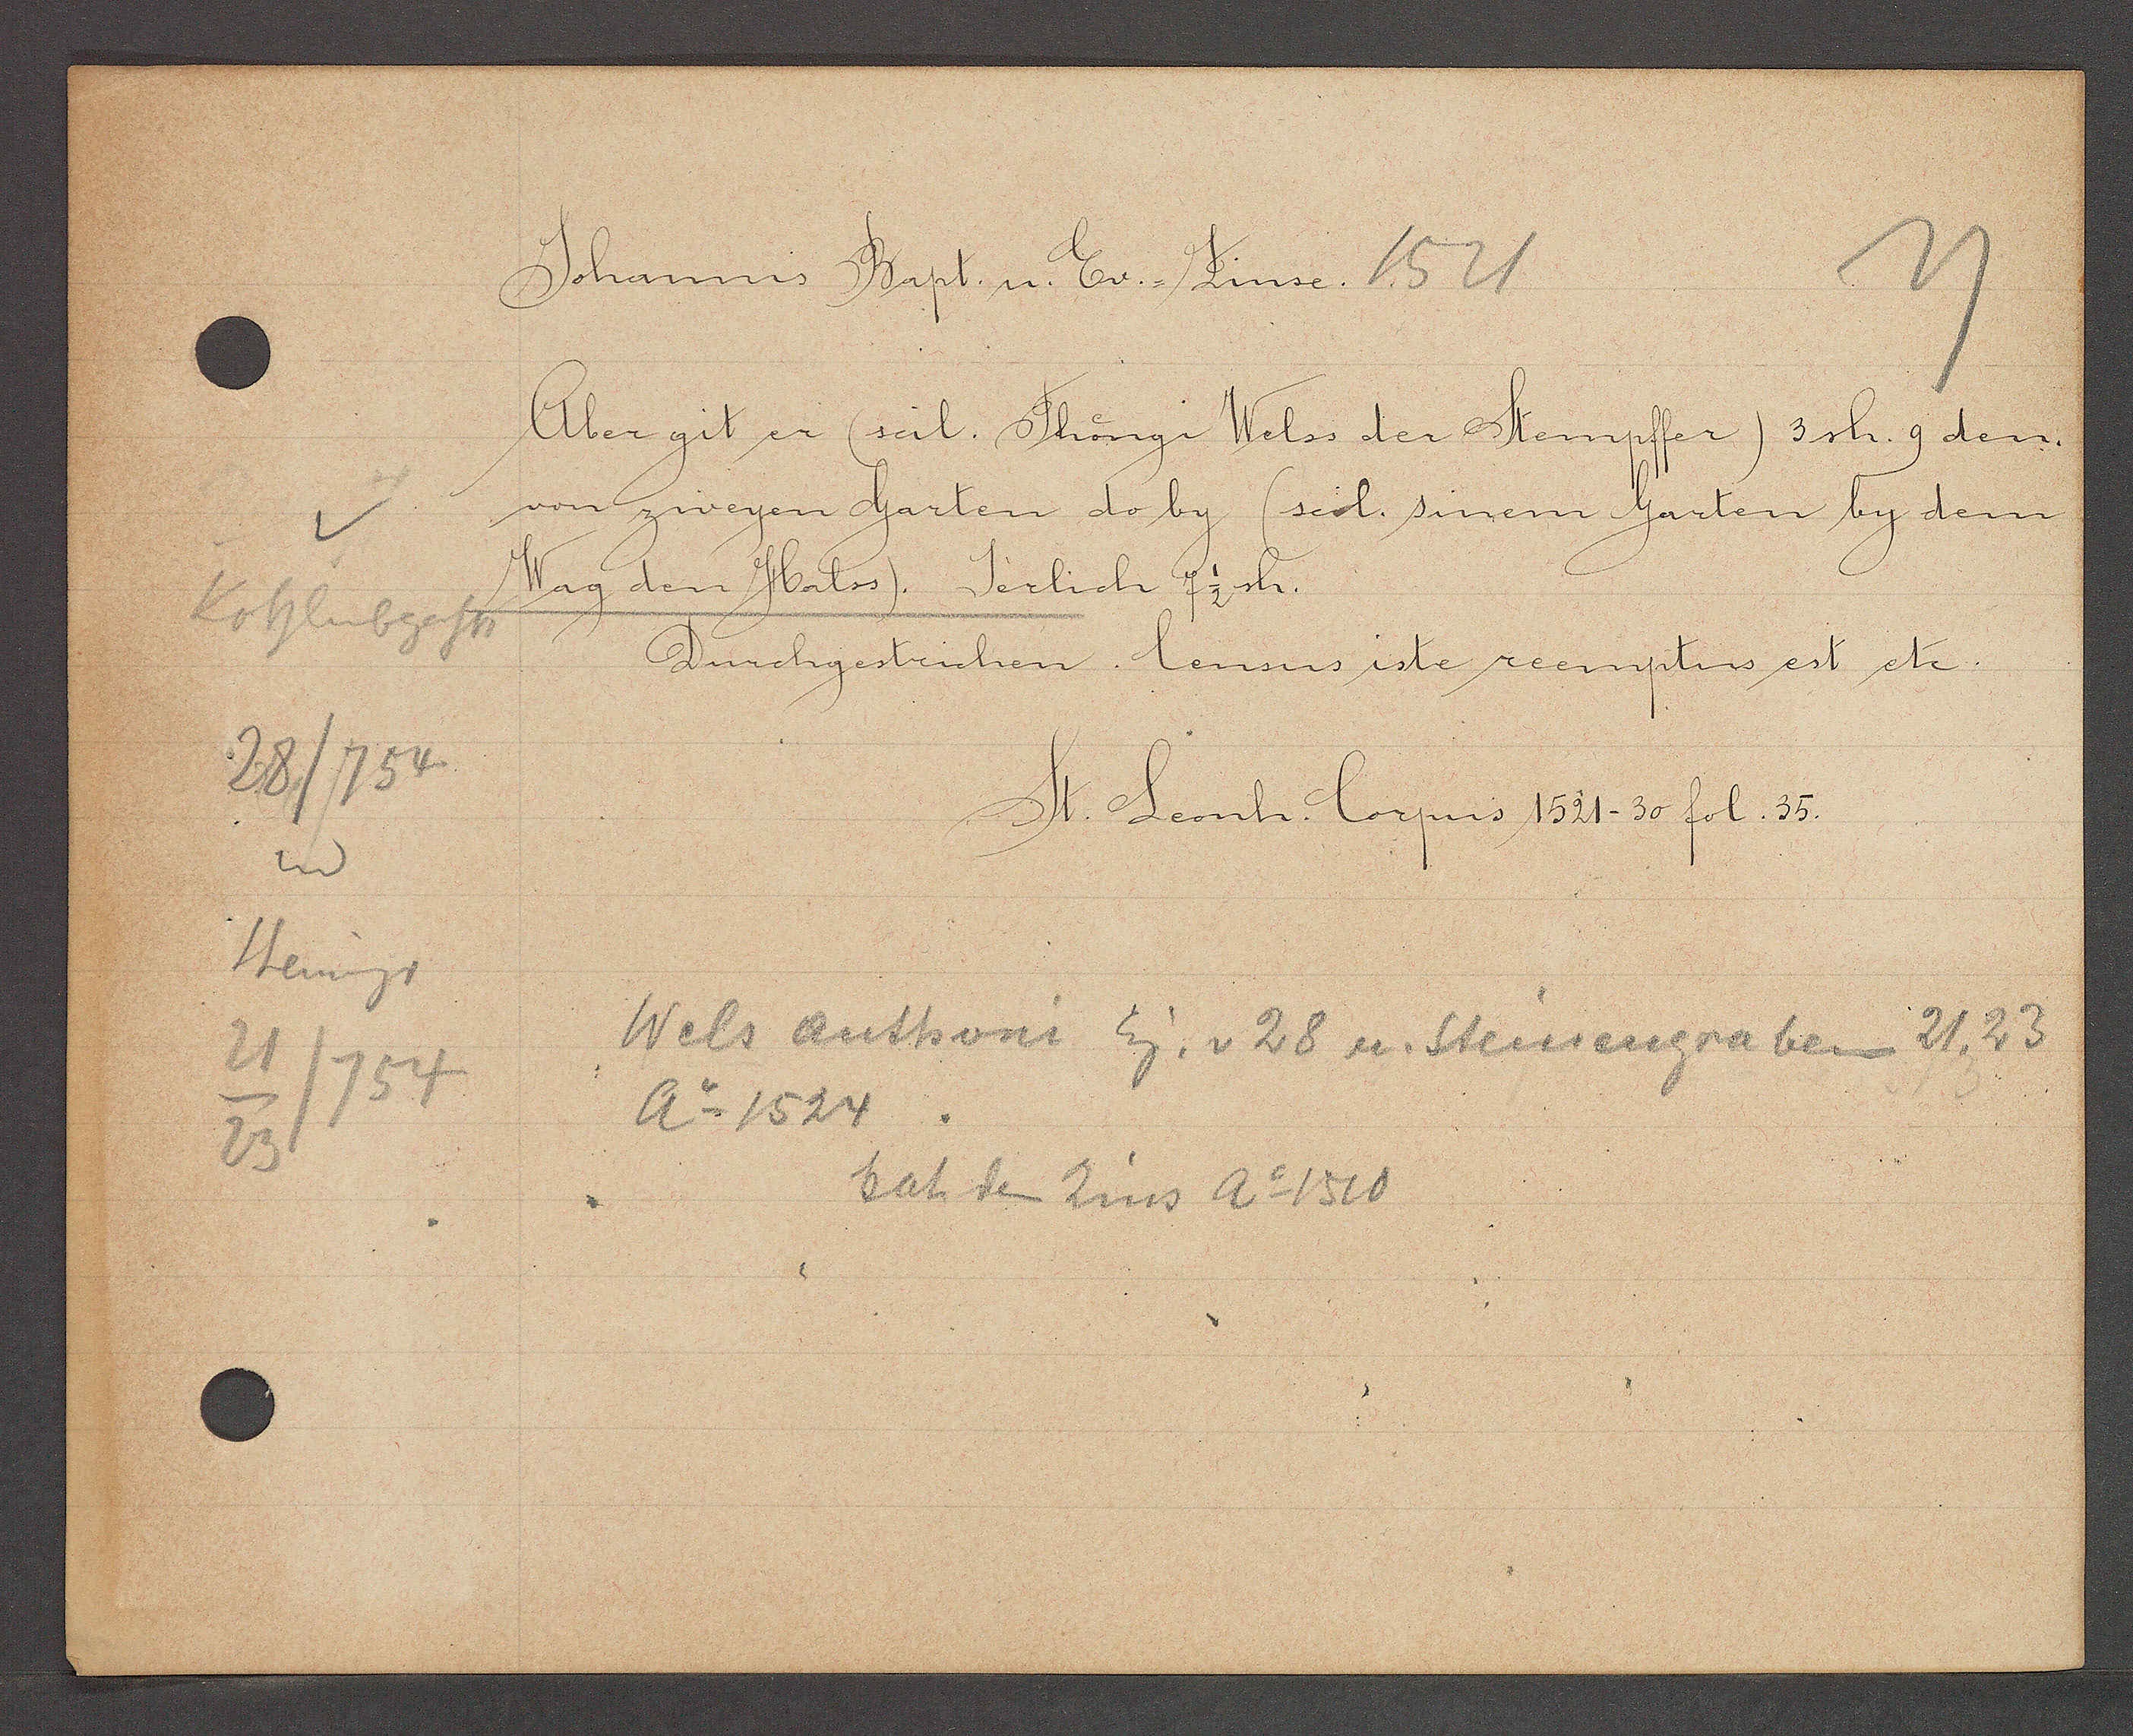
Transcript:
Kohlenbgasse
28/754
und
Steinengr
21
/754
23

Johannis Bapt. u. Ev. Zinse. 1521

Aber git er (seil. Thongi Welss der Stempfer) 13sh. 9 den.
von zweyen Garten do by (scol. sinem Garten by dem
Wag den Halss). Jerlich  7 1/2 sh.
Durchgestrichen. Census iste reemptus est etc.

St. Leonh. Corpus 1521-30 fol. 35.

Wels Anthoni Eig. v. 28 u. Steinengraben 21, 23
Ao 1524.
hat den Zins Ao 1510